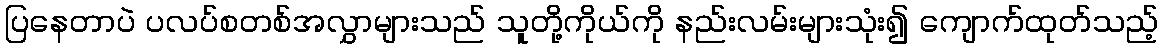
ပြနေတာပဲ ပလပ်စတစ်အလွှာများသည် သူတို့ကိုယ်ကို နည်းလမ်းများသုံး၍ ကျောက်ထုတ်သည့်